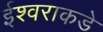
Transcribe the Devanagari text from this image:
ईश्‍वराकडे